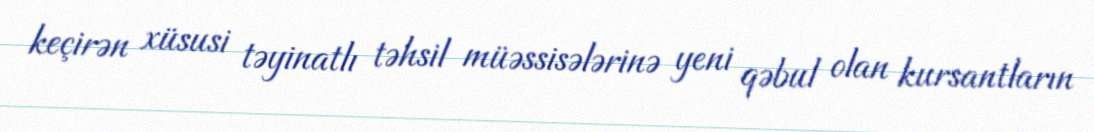
keçirən xüsusi təyinatlı təhsil müəssisələrinə yeni qəbul olan kursantların